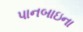
પાનબાઇના